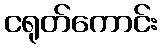
ငရုတ်ကောင်း